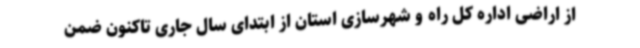
از اراضی اداره کل راه و شهرسازی استان از ابتدای سال جاری تاکنون ضمن